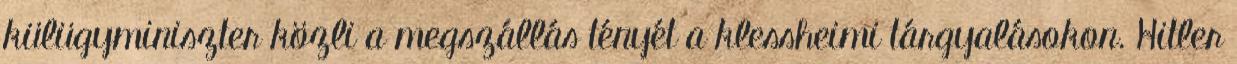
külügyminiszter közli a megszállás tényét a klessheimi tárgyalásokon. Hitler